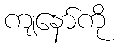
ကျနော်ကို